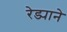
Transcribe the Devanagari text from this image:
रेड्याने